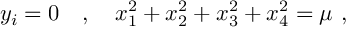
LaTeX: y _ { i } = 0 \quad , \quad x _ { 1 } ^ { 2 } + x _ { 2 } ^ { 2 } + x _ { 3 } ^ { 2 } + x _ { 4 } ^ { 2 } = \mu ~ ,